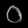
Digit: ၀